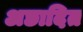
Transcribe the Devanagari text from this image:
अछादित